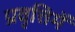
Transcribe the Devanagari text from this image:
प्रवृत्तिमें